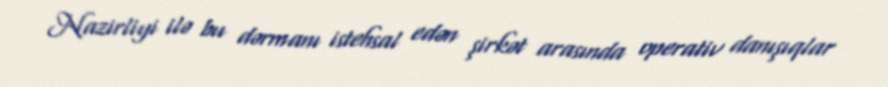
Nazirliyi ilə bu dərmanı istehsal edən şirkət arasında operativ danışıqlar